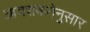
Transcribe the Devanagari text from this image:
आवशकतेनुसार